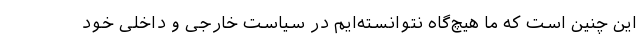
این چنین است که ما هیچ‌گاه نتوانسته‌ایم در سیاست خارجی و داخلی خود